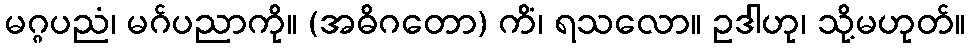
မဂ္ဂပညံ၊ မဂ်ပညာကို။ (အဓိဂတော) ကိံ၊ ရသလော။ ဥဒါဟု၊ သို့မဟုတ်။